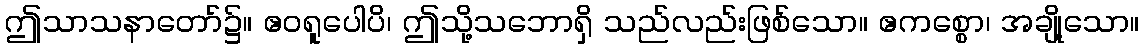
ဤသာသနာတော်၌။ ဧဝရူပေါပိ၊ ဤသို့သဘောရှိ သည်လည်းဖြစ်သော။ ဧကစ္စော၊ အချို့သော။